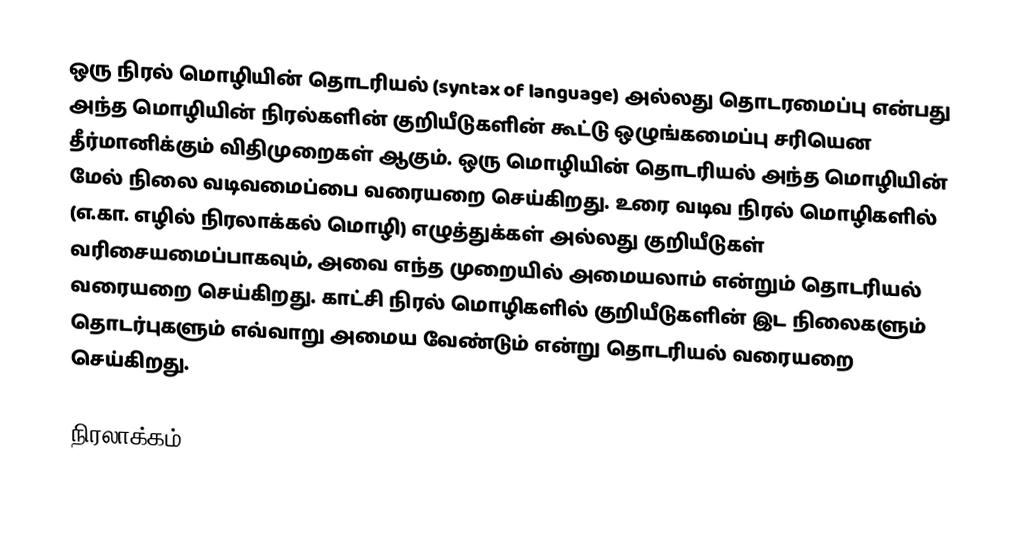
ஒரு நிரல் மொழியின் தொடரியல் (syntax of language) அல்லது தொடரமைப்பு என்பது அந்த மொழியின் நிரல்களின் குறியீடுகளின் கூட்டு  ஒழுங்கமைப்பு சரியென தீர்மானிக்கும் விதிமுறைகள் ஆகும்.  ஒரு மொழியின் தொடரியல் அந்த மொழியின் மேல் நிலை வடிவமைப்பை வரையறை செய்கிறது.  உரை வடிவ நிரல் மொழிகளில் (எ.கா. எழில் நிரலாக்கல் மொழி) எழுத்துக்கள் அல்லது குறியீடுகள் வரிசையமைப்பாகவும், அவை எந்த முறையில் அமையலாம் என்றும் தொடரியல் வரையறை செய்கிறது.  காட்சி நிரல் மொழிகளில் குறியீடுகளின் இட நிலைகளும் தொடர்புகளும் எவ்வாறு அமைய வேண்டும் என்று தொடரியல் வரையறை செய்கிறது.

நிரலாக்கம்